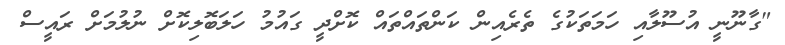
"ގާނޫނީ އުސޫލާއި ހަމަތަކުގެ ތެރެއިން ކަންތައްތައް ކޮށްދީ ގައުމު ހަލަބޮލިކޮށް ނުލުމަށް ރައީސް